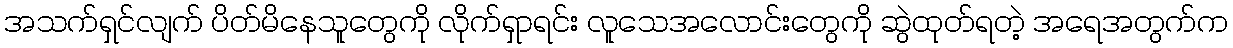
အသက်ရှင်လျက် ပိတ်မိနေသူတွေကို လိုက်ရှာရင်း လူသေအလောင်းတွေကို ဆွဲထုတ်ရတဲ့ အရေအတွက်က